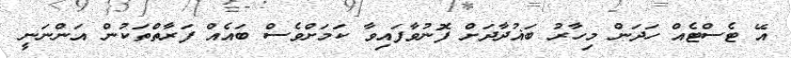
އޭ ޓެސްޓެއް ހަދަން މިހާރު ބަޣުދާދަށް ފޮނުވާފައިވާ ކަމަށްވެސް ބައެއް ފަރާތްތަކުން އަންނަނީ